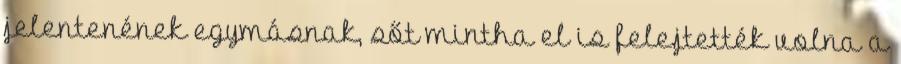
jelentenének egymásnak, sőt mintha el is felejtették volna a